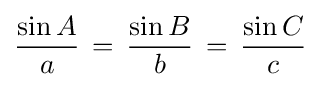
{\frac {\sin A}{a}}\,=\,{\frac {\sin B}{b}}\,=\,{\frac {\sin C}{c}}